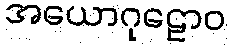
အယောဂုဠောဝ